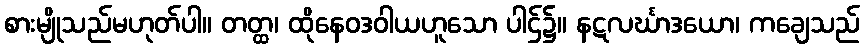
စားမျိုသည်မဟုတ်ပါ။ တတ္ထ၊ ထိုနေဝဒဝါယဟူသော ပါဌ်၌။ နဋလင်္ဃာဒယော၊ ကချေသည်